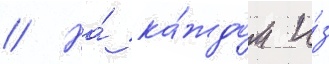
// На́ ка́ждом и́з